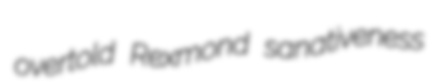
overtold Rexmond sanativeness